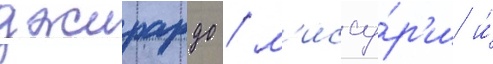
джирардо / м'иссу́р'и и́